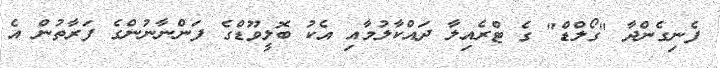
ފެނިގެންދާ "ގޯލްޑް" ގެ ޓްރެއިލާ ދައްކާލުމާއި އެކު ބޮލީވޫޑްގެ ފަންނާނުންގެ ފަރާތުން އެ